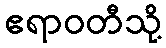
ဧရာဝတီသို့